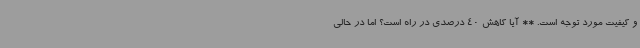
و کیفیت مورد توجه است. ** آیا کاهش 40 درصدی در راه است؟ اما در حالی